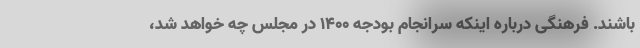
باشند. فرهنگی درباره اینکه سرانجام بودجه ۱۴۰۰ در مجلس چه خواهد شد،